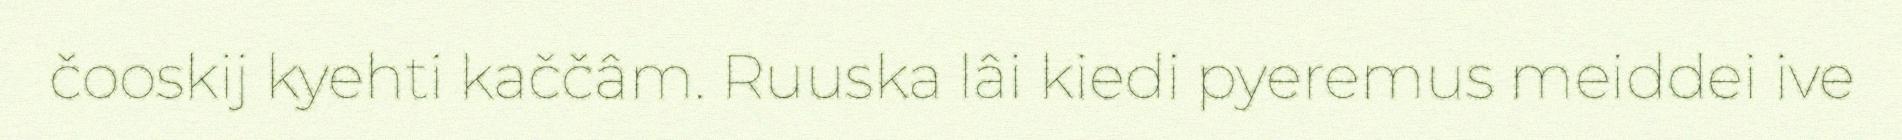
čooskij kyehti kaččâm. Ruuska lâi kiedi pyeremus meiddei ive